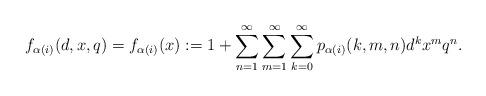
LaTeX: \begin{align*}f_{\alpha(i)}(d,x,q)=f_{\alpha(i)}(x):=1+ \sum_{n=1}^{\infty} \sum_{m=1}^{\infty} \sum_{k=0}^{\infty} p_{\alpha(i)} (k,m,n) d^k x^m q^n.\end{align*}